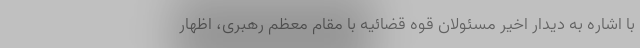
با اشاره به دیدار اخیر مسئولان قوه قضائیه با مقام معظم رهبری، اظهار